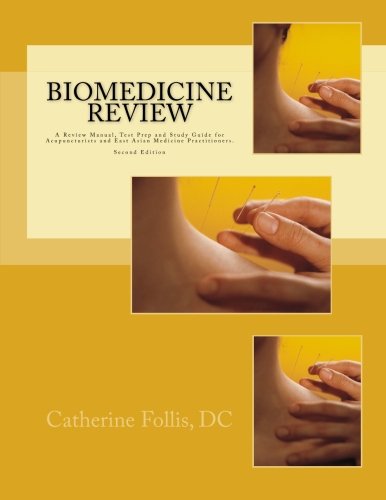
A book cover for Biomedicine Review: A Review Manual, Test Prep and Study Guide for Acupuncturists and East Asian Medicine Practitioners; Catherine Follis DC; Health, Fitness & Dieting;